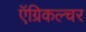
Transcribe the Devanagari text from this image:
ऍग्रिकल्चर